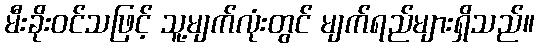
မီးခိုးဝင်သဖြင့် သူ့မျက်လုံးတွင် မျက်ရည်များရှိသည်။